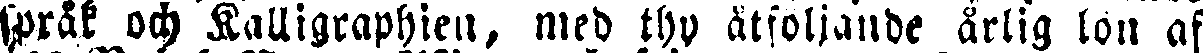
språk ock Kalligraphien, med thy åtfoljande årlig lon af